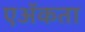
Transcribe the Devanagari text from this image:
एॲकता